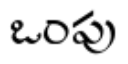
ఒంపు